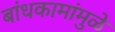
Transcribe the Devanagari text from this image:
बांधकामांमुळे